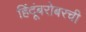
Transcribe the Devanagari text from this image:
हिंदूंबरोबरची